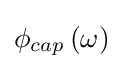
\phi _{cap}\left(\omega \right)